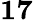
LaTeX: \mathbf{17}